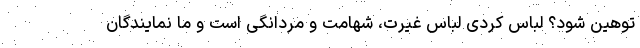
توهین شود؟ لباس کردی لباس غیرت، شهامت و مردانگی است و ما نمایندگان